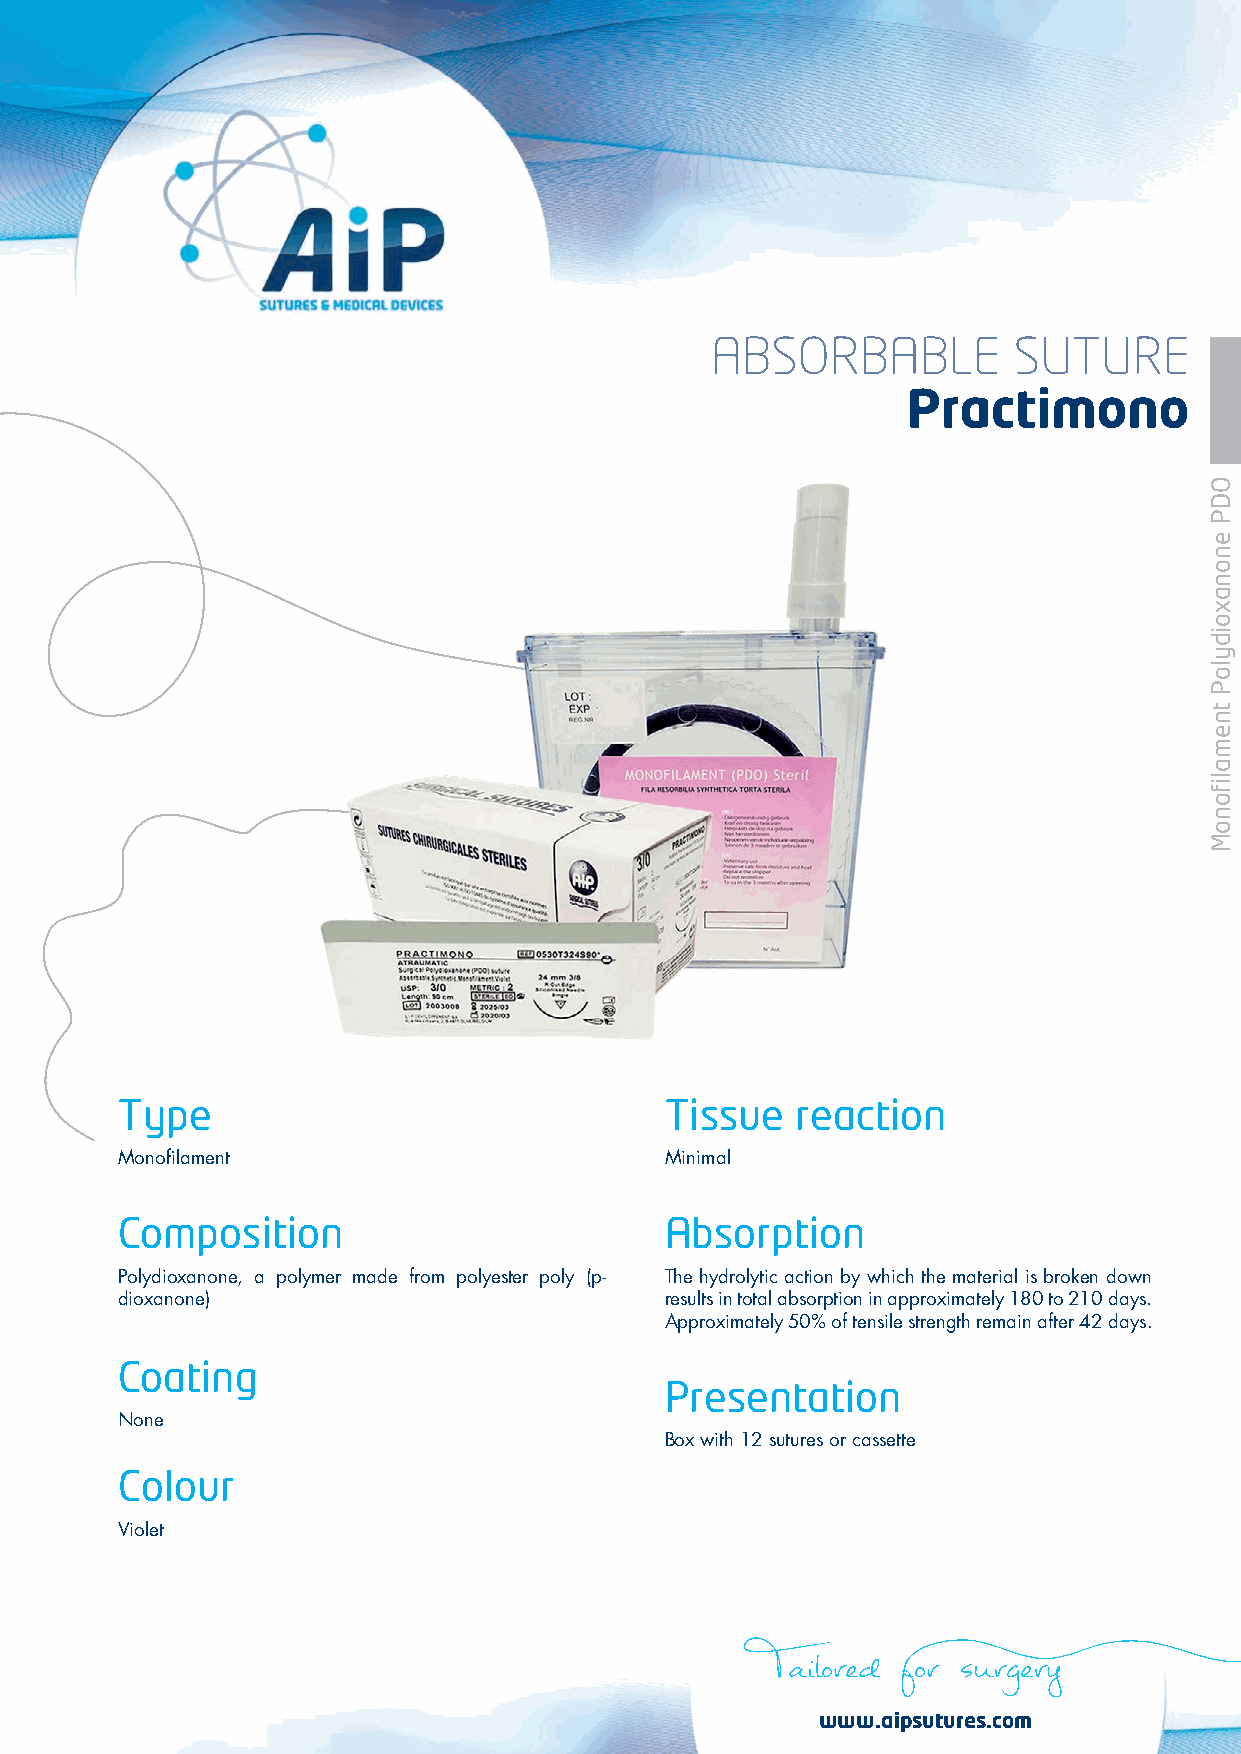
ABSORBABLE          SUTURE
 Practimono
 Type                                Tissue   reaction
 Monofilament                        Minimal
 Composition                         Absorption
 Polydioxanone, a polymer made from polyester poly (p- The hydrolytic action by which the material is broken down
 dioxanone)                          results in total absorption in approximately 180 to 210 days.
 Approximately 50% of tensile strength remain after 42 days.
 Coating
 Presentation
 None
 Box with 12 sutures or cassette
 Colour
 Violet
 Tailored for surgery
 www.aipsutures.com
 ODP
 enonaxoidyloP
 tnemalifonoM